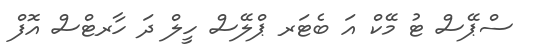
ސްޕޭސް ޓު މޭކް އަ ބެޓަރ ޕްލޭސް ހީލް ދަ ހާރޓްސް އޮފް